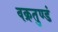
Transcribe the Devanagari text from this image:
वक्रतुण्डं